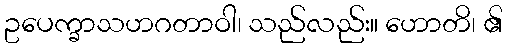
ဥပေက္ခာသဟဂတာဝါ၊ သည်လည်း။ ဟောတိ၊ ၏